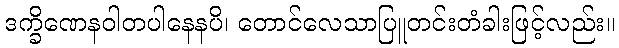
ဒက္ခိဏေနဝါတပါနေနပိ၊ တောင်လေသာပြူတင်းတံခါးဖြင့်လည်း။